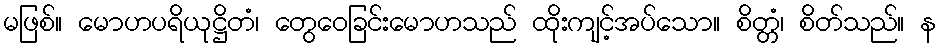
မဖြစ်။ မောဟပရိယုဋ္ဌိတံ၊ တွေဝေခြင်းမောဟသည် ထိုးကျင့်အပ်သော။ စိတ္တံ၊ စိတ်သည်။ န